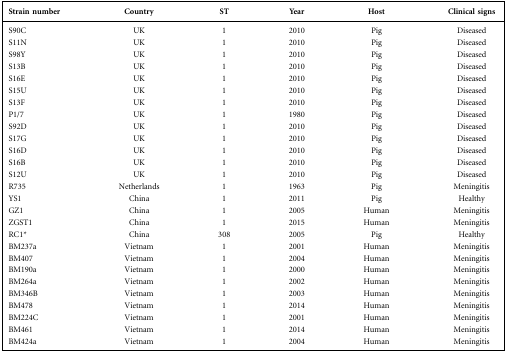
<table><thead><tr><td><b>Strain number</b></td><td><b>Country</b></td><td><b>ST</b></td><td><b>Year</b></td><td><b>Host</b></td><td><b>Clinical signs</b></td></tr></thead><tbody><tr><td>S90C</td><td>UK</td><td>1</td><td>2010</td><td>Pig</td><td>Diseased</td></tr><tr><td>S11N</td><td>UK</td><td>1</td><td>2010</td><td>Pig</td><td>Diseased</td></tr><tr><td>S98Y</td><td>UK</td><td>1</td><td>2010</td><td>Pig</td><td>Diseased</td></tr><tr><td>S13B</td><td>UK</td><td>1</td><td>2010</td><td>Pig</td><td>Diseased</td></tr><tr><td>S16E</td><td>UK</td><td>1</td><td>2010</td><td>Pig</td><td>Diseased</td></tr><tr><td>S15U</td><td>UK</td><td>1</td><td>2010</td><td>Pig</td><td>Diseased</td></tr><tr><td>S13F</td><td>UK</td><td>1</td><td>2010</td><td>Pig</td><td>Diseased</td></tr><tr><td>P1/7</td><td>UK</td><td>1</td><td>1980</td><td>Pig</td><td>Diseased</td></tr><tr><td>S92D</td><td>UK</td><td>1</td><td>2010</td><td>Pig</td><td>Diseased</td></tr><tr><td>S17G</td><td>UK</td><td>1</td><td>2010</td><td>Pig</td><td>Diseased</td></tr><tr><td>S16D</td><td>UK</td><td>1</td><td>2010</td><td>Pig</td><td>Diseased</td></tr><tr><td>S16B</td><td>UK</td><td>1</td><td>2010</td><td>Pig</td><td>Diseased</td></tr><tr><td>S12U</td><td>UK</td><td>1</td><td>2010</td><td>Pig</td><td>Diseased</td></tr><tr><td>R735</td><td>Netherlands</td><td>1</td><td>1963</td><td>Pig</td><td>Meningitis</td></tr><tr><td>YS1</td><td>China</td><td>1</td><td>2011</td><td>Pig</td><td>Healthy</td></tr><tr><td>GZ1</td><td>China</td><td>1</td><td>2005</td><td>Human</td><td>Meningitis</td></tr><tr><td>ZGST1</td><td>China</td><td>1</td><td>2015</td><td>Human</td><td>Meningitis</td></tr><tr><td>RC1*</td><td>China</td><td>308</td><td>2005</td><td>Pig</td><td>Healthy</td></tr><tr><td>BM237a</td><td>Vietnam</td><td>1</td><td>2001</td><td>Human</td><td>Meningitis</td></tr><tr><td>BM407</td><td>Vietnam</td><td>1</td><td>2004</td><td>Human</td><td>Meningitis</td></tr><tr><td>BM190a</td><td>Vietnam</td><td>1</td><td>2000</td><td>Human</td><td>Meningitis</td></tr><tr><td>BM264a</td><td>Vietnam</td><td>1</td><td>2002</td><td>Human</td><td>Meningitis</td></tr><tr><td>BM346B</td><td>Vietnam</td><td>1</td><td>2003</td><td>Human</td><td>Meningitis</td></tr><tr><td>BM478</td><td>Vietnam</td><td>1</td><td>2014</td><td>Human</td><td>Meningitis</td></tr><tr><td>BM224C</td><td>Vietnam</td><td>1</td><td>2001</td><td>Human</td><td>Meningitis</td></tr><tr><td>BM461</td><td>Vietnam</td><td>1</td><td>2014</td><td>Human</td><td>Meningitis</td></tr><tr><td>BM424a</td><td>Vietnam</td><td>1</td><td>2004</td><td>Human</td><td>Meningitis</td></tr></tbody></table>